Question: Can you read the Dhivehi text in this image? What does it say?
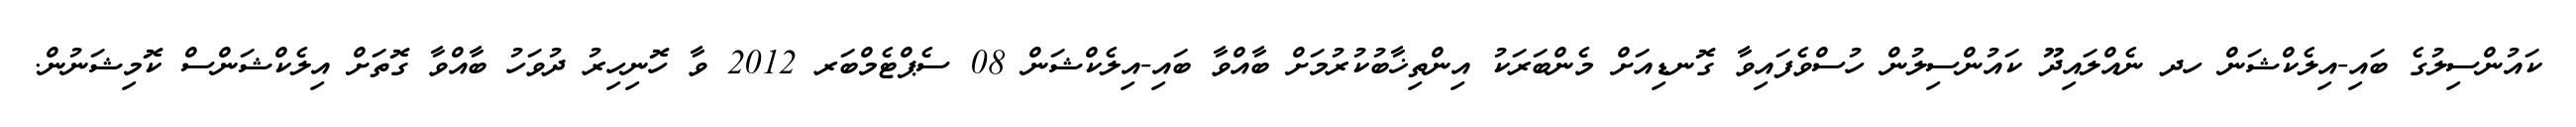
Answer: ކައުންސިލުގެ ބައި-އިލެކްޝަން ހދ ނެއްލައިދޫ ކައުންސިލުން ހުސްވެފައިވާ ގޮނޑިއަށް މެންބަރަކު އިންތިޚާބުކުރުމަށް ބާއްވާ ބައި-އިލެކްޝަން 08 ސެޕްޓެމްބަރ 2012 ވާ ހޮނިހިރު ދުވަހު ބާއްވާ ގޮތަށް އިލެކްޝަންސް ކޮމިޝަނުން.